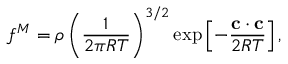
f ^ { M } = \rho \left( \frac { 1 } { 2 \pi R T } \right) ^ { 3 / 2 } \exp \left[ - \frac { \mathbf c \cdot \mathbf c } { 2 R T } \right] ,